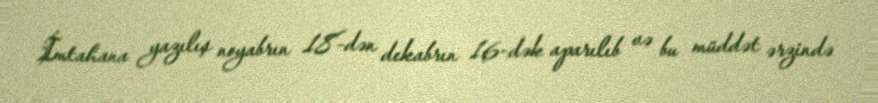
İmtahana yazılış noyabrın 18-dən dekabrın 16-dək aparılıb və bu müddət ərzində